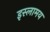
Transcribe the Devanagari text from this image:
इस्लामय